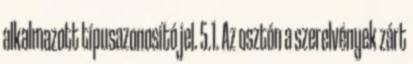
alkalmazott típusazonosító jel. 5.1. Az osztón a szerelvények zárt